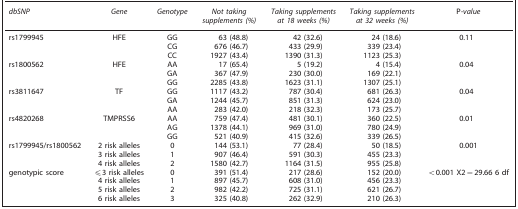
<table><thead><tr><td><b><i>dbSNP</i></b></td><td><b><i>Gene</i></b></td><td><b><i>Genotype</i></b></td><td><b><i>Not taking supplements (%)</i></b></td><td><b><i>Taking supplements at 18 weeks (%)</i></b></td><td><b><i>Taking supplements at 32 weeks (%)</i></b></td><td><b>P<i>-value</i></b></td></tr></thead><tbody><tr><td>rs1799945</td><td>HFE</td><td>GG</td><td>63 (48.8)</td><td>42 (32.6)</td><td>24 (18.6)</td><td>0.11</td></tr><tr><td>[EMPTY_CELL]</td><td>[EMPTY_CELL]</td><td>CG</td><td>676 (46.7)</td><td>433 (29.9)</td><td>339 (23.4)</td><td>[EMPTY_CELL]</td></tr><tr><td>[EMPTY_CELL]</td><td>[EMPTY_CELL]</td><td>CC</td><td>1927 (43.4)</td><td>1390 (31.3)</td><td>1123 (25.3)</td><td>[EMPTY_CELL]</td></tr><tr><td>rs1800562</td><td>HFE</td><td>AA</td><td>17 (65.4)</td><td>5 (19.2)</td><td>4 (15.4)</td><td>0.04</td></tr><tr><td>[EMPTY_CELL]</td><td>[EMPTY_CELL]</td><td>GA</td><td>367 (47.9)</td><td>230 (30.0)</td><td>169 (22.1)</td><td>[EMPTY_CELL]</td></tr><tr><td>[EMPTY_CELL]</td><td>[EMPTY_CELL]</td><td>GG</td><td>2285 (43.8)</td><td>1623 (31.1)</td><td>1307 (25.1)</td><td>[EMPTY_CELL]</td></tr><tr><td>rs3811647</td><td>TF</td><td>GG</td><td>1117 (43.2)</td><td>787 (30.4)</td><td>681 (26.3)</td><td>0.04</td></tr><tr><td>[EMPTY_CELL]</td><td>[EMPTY_CELL]</td><td>GA</td><td>1244 (45.7)</td><td>851 (31.3)</td><td>624 (23.0)</td><td>[EMPTY_CELL]</td></tr><tr><td>[EMPTY_CELL]</td><td>[EMPTY_CELL]</td><td>AA</td><td>283 (42.0)</td><td>218 (32.3)</td><td>173 (25.7)</td><td>[EMPTY_CELL]</td></tr><tr><td>rs4820268</td><td>TMPRSS6</td><td>AA</td><td>759 (47.4)</td><td>481 (30.1)</td><td>360 (22.5)</td><td>0.01</td></tr><tr><td>[EMPTY_CELL]</td><td>[EMPTY_CELL]</td><td>AG</td><td>1378 (44.1)</td><td>969 (31.0)</td><td>780 (24.9)</td><td>[EMPTY_CELL]</td></tr><tr><td>[EMPTY_CELL]</td><td>[EMPTY_CELL]</td><td>GG</td><td>521 (40.9)</td><td>415 (32.6)</td><td>339 (26.5)</td><td>[EMPTY_CELL]</td></tr><tr><td>rs1799945/rs1800562</td><td>2 risk alleles</td><td>0</td><td>144 (53.1)</td><td>77 (28.4)</td><td>50 (18.5)</td><td>0.001</td></tr><tr><td>[EMPTY_CELL]</td><td>3 risk alleles</td><td>1</td><td>907 (46.4)</td><td>591 (30.3)</td><td>455 (23.3)</td><td>[EMPTY_CELL]</td></tr><tr><td>[EMPTY_CELL]</td><td>4 risk alleles</td><td>2</td><td>1580 (42.7)</td><td>1164 (31.5)</td><td>955 (25.8)</td><td>[EMPTY_CELL]</td></tr><tr><td>genotypic score</td><td>⩽3 risk alleles</td><td>0</td><td>391 (51.4)</td><td>217 (28.6)</td><td>152 (20.0)</td><td>&lt;0.001 X2=29.66 6 df</td></tr><tr><td>[EMPTY_CELL]</td><td>4 risk alleles</td><td>1</td><td>897 (45.7)</td><td>608 (31.0)</td><td>456 (23.3)</td><td>[EMPTY_CELL]</td></tr><tr><td>[EMPTY_CELL]</td><td>5 risk alleles</td><td>2</td><td>982 (42.2)</td><td>725 (31.1)</td><td>621 (26.7)</td><td>[EMPTY_CELL]</td></tr><tr><td>[EMPTY_CELL]</td><td>6 risk alleles</td><td>3</td><td>325 (40.8)</td><td>262 (32.9)</td><td>210 (26.3)</td><td>[EMPTY_CELL]</td></tr></tbody></table>